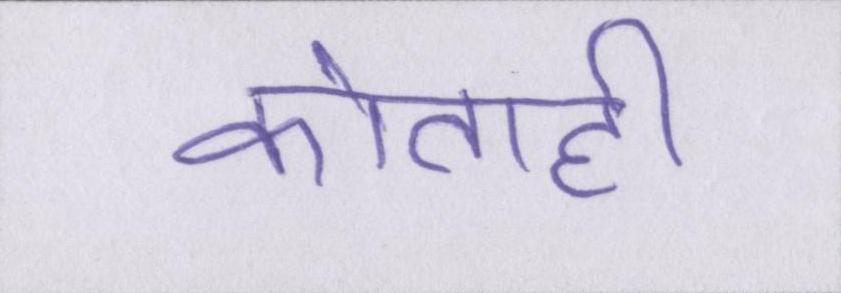
कोताही